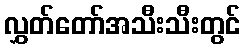
လွှတ်တော်အသီးသီးတွင်